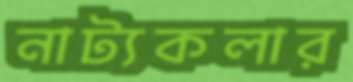
নাট্যকলার